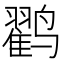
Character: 𱊱